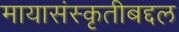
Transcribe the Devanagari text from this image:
मायासंस्कृतीबद्दल